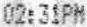
02:31PM